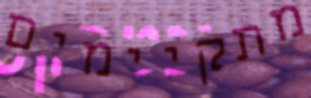
מתקיימים